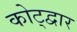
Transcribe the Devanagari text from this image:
कोट्द्वार